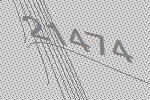
21474